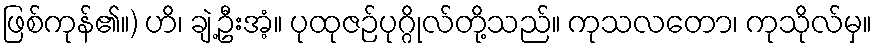
ဖြစ်ကုန်၏။) ဟိ၊ ချဲ့ဦးအံ့။ ပုထုဇဉ်ပုဂ္ဂိုလ်တို့သည်။ ကုသလတော၊ ကုသိုလ်မှ။